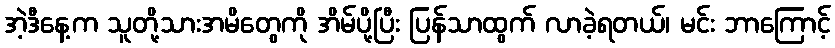
အဲ့ဒီနေ့က သူတို့သားအမိတွေကို အိမ်ပို့ပြီး ပြန်သာထွက် လာခဲ့ရတယ်၊ မင်း ဘာကြောင့်